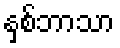
နှစ်ဘာသာ